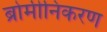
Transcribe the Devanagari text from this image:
ब्रोमीनिकरण